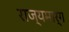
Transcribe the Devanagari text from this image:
राज्‍यमार्ग